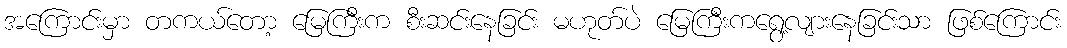
အကြောင်းမှာ တကယ်တော့ မြေကြီးက စီးဆင်းနေခြင်း မဟုတ်ပဲ မြေကြီးကရွေ့လျားနေခြင်းသာ ဖြစ်ကြောင်း